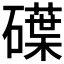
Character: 𥖢